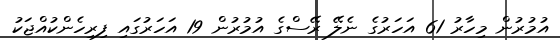
އުމުރުން މިހާރު 61 އަހަރުގެ ނެލޭ ރޭސްގެ އުމުރުން 19 އަހަރުގައި ފިރިހެންކުއްޖަކު